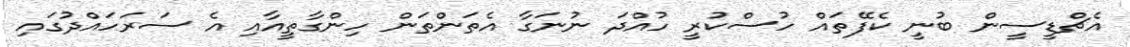
އެޗްޑީސީން ބުނީ ކެފޭތައް ހުސްކުރީ ހުއްދަ ނުނަގާ އެތަންތަން ހިންގާތީއާއި އެ ސަރަހައްދުގައި